Leaving Certificate Examination (including Day School Certificate (Higher) General paper), 1939
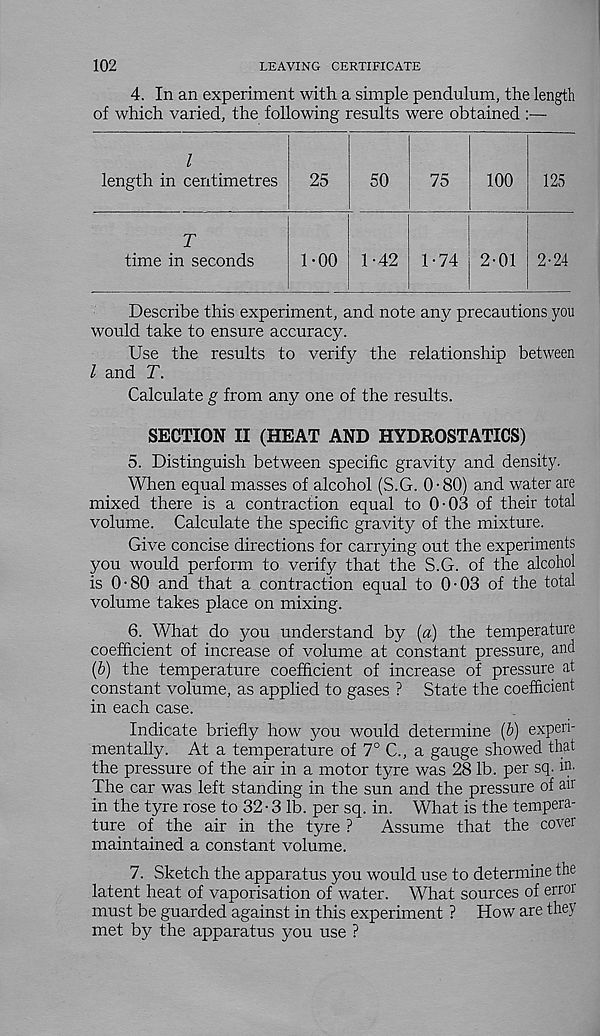
102
LEAVING CERTIFICATE
4. In an experiment with a simple pendulum, the length
of which varied, the following results were obtained :—
Describe this experiment, and note any precautions you
would take to ensure accuracy.
Use the results to verify the relationship between
l and T.
Calculate g from any one of the results.
SECTION II (HEAT AND HYDROSTATICS)
5. Distinguish between specific gravity and density.
When equal masses of alcohol (S.G. 0-80) and water are
mixed there is a contraction equal to 0-03 of their total
volume. Calculate the specific gravity of the mixture.
Give concise directions for carrying out the experiments
you would perform to verify that the S.G. of the alcohol
is 0-80 and that a contraction equal to 0-03 of the total
volume takes place on mixing.
6. What do you understand by (a) the temperature
coefficient of increase of volume at constant pressure, and
(6) the temperature coefficient of increase of pressure at
constant volume, as applied to gases ? State the coefficient
in each case.
Indicate briefly how you would determine (&) experi-
mentally. At a temperature of 7° C., a gauge showed that
the pressure of the air in a motor tyre was 28 lb. per sq. in.
The car was left standing in the sun and the pressure of air
in the tyre rose to 32- 3 lb. per sq. in. What is the tempera-
ture of the air in the tyre ?
Assume that the cover
maintained a constant volume.
7. Sketch the apparatus you would use to determine the
latent heat of vaporisation of water. What sources of error
must be guarded against in this experiment ? How are they
met by the apparatus you use ?